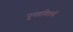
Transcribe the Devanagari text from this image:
पुनरूक्तियों